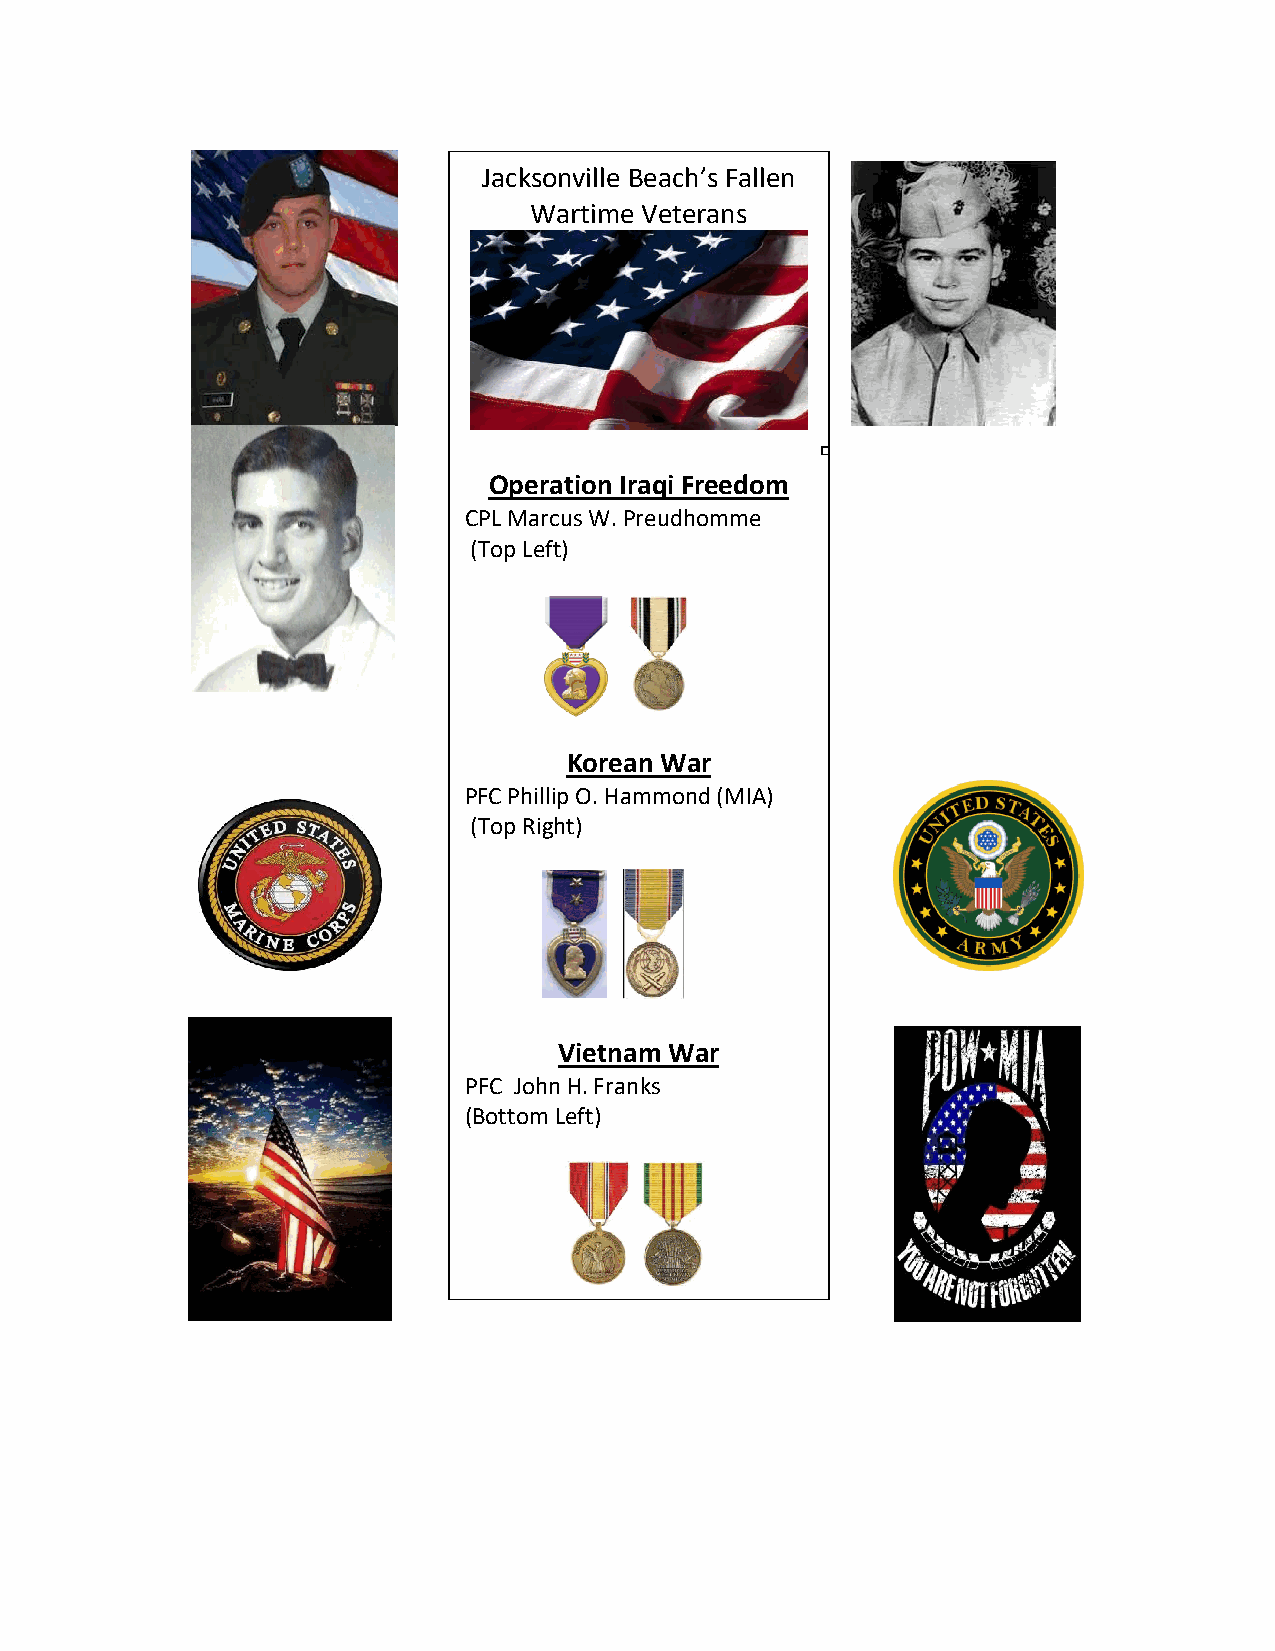
Jacksonville Beach’s Fallen
 Wartime Veterans
 Operation Iraqi Freedom
 CPL Marcus W. Preudhomme
 (Top Left)
 Korean War
 PFC Phillip O. Hammond (MIA)
 (Top Right)
 Vietnam War
 PFC John H. Franks
 (Bottom Left)